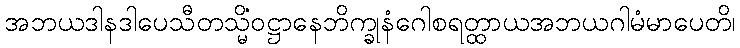
အဘယဒါနဒါပေသီတသ္မိံဝဋ္ဌာနေဘိက္ခုနံဂေါစရတ္ထာယအဘယဂါမံမာပေတိ၊